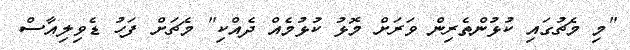
"މި މެޗުގައި ކުޅުންތެރިން ވަރަށް މޮޅު ކުޅުމެއް ދެއްކި" މެޗަށް ފަހު ޑެވިލިއާސް